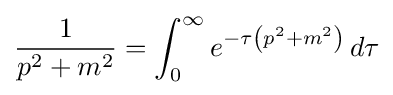
{\frac {1}{p^{2}+m^{2}}}=\int _{0}^{\infty }e^{-\tau \left(p^{2}+m^{2}\right)}\,d\tau